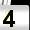
Digit: 4